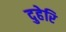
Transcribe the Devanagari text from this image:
दुहेरि